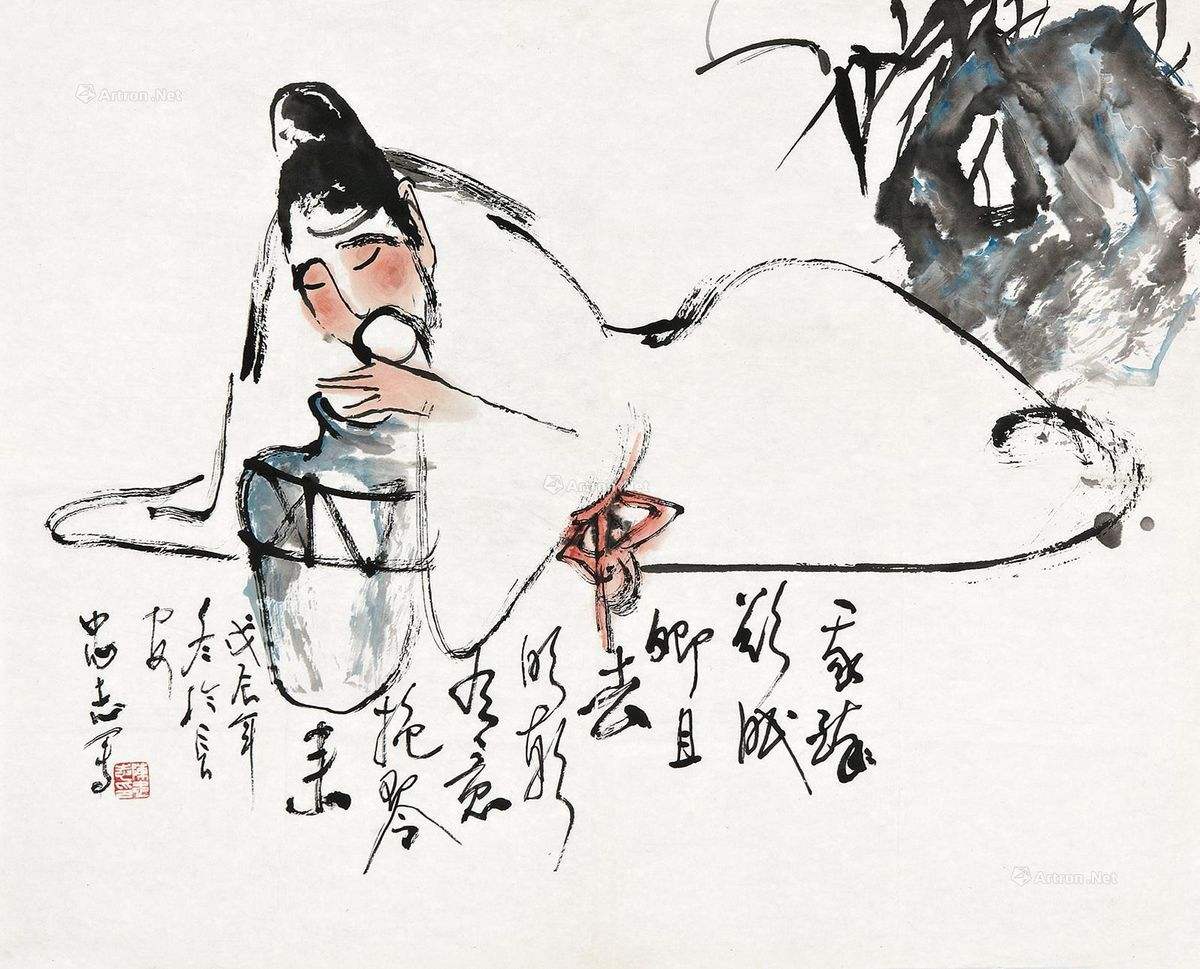
我醉欲眠卿且去，明朝有意抱琴来。